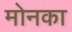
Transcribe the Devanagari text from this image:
मोनका